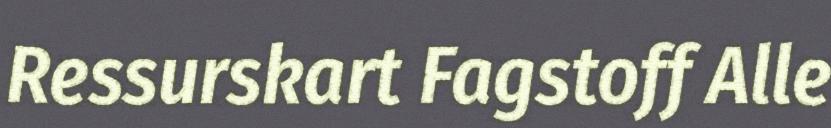
Ressurskart Fagstoff Alle